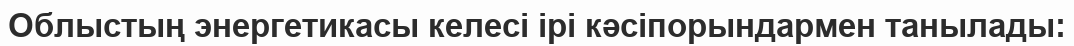
Облыстың энергетикасы келесі ірі кәсіпорындармен танылады: